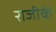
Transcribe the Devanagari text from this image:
राजीके